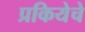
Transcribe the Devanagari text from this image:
प्रकियेचे